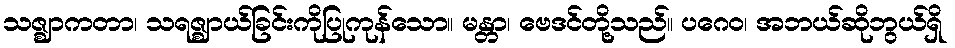
သဇ္ဈာကတာ၊ သရဇ္ဈာယ်ခြင်းကိုပြုကုန်သော။ မန္တာ၊ ဗေဒင်တို့သည်။ ပဂေဝ၊ အဘယ်ဆိုဘွယ်ရှိ